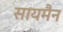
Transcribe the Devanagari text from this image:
सायमैन